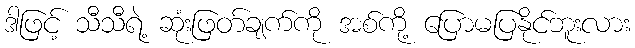
ဒါဖြင့် သီသီရဲ့ ဆုံးဖြတ်ချက်ကို အစ်ကို့ ပြောမပြနိုင်ဘူးလား